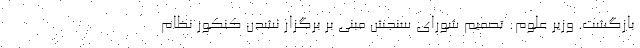
بازگشت. وزیر علوم: تصمیم شورای سنجش مبنی بر برگزار نشدن کنکور نظام